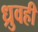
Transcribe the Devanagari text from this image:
ध्रुवही